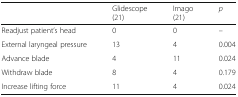
|  | Glidescope(21) | Imago(21) | p |
 | --- | --- | --- | --- |
 | Readjust patient’s head | 0 | 0 | – |
 | External laryngeal pressure | 13 | 4 | 0.004 |
 | Advance blade | 4 | 11 | 0.024 |
 | Withdraw blade | 8 | 4 | 0.179 |
 | Increase lifting force | 11 | 4 | 0.024 |